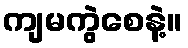
ကျမကွဲစေနဲ့။